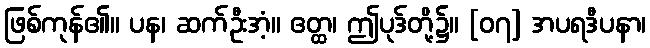
ဖြစ်ကုန်၏။ ပန၊ ဆက်ဦးအံ့။ ဧတ္ထ၊ ဤပုဒ်တို့၌။ [၀၇] အပရဒီပနာ၊